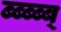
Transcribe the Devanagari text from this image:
ब्ब्ब्ब्ब्